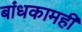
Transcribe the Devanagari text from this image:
बांधकामही